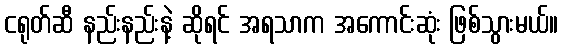
ငရုတ်ဆီ နည်းနည်းနဲ့ ဆိုရင် အရသာက အကောင်းဆုံး ဖြစ်သွားမယ်။